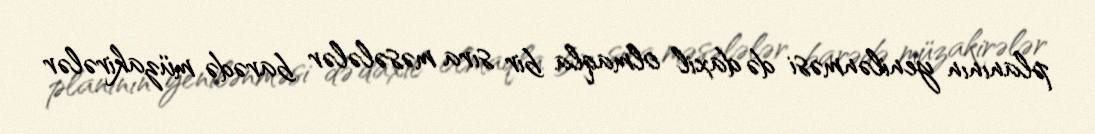
planının yenilənməsi də daxil olmaqla bir sıra məsələlər barədə müzakirələr